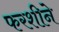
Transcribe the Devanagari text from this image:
फरशीने